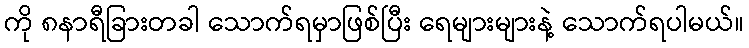
ကို ၈နာရီခြားတခါ သောက်ရမှာဖြစ်ပြီး ရေများများနဲ့ သောက်ရပါမယ်။